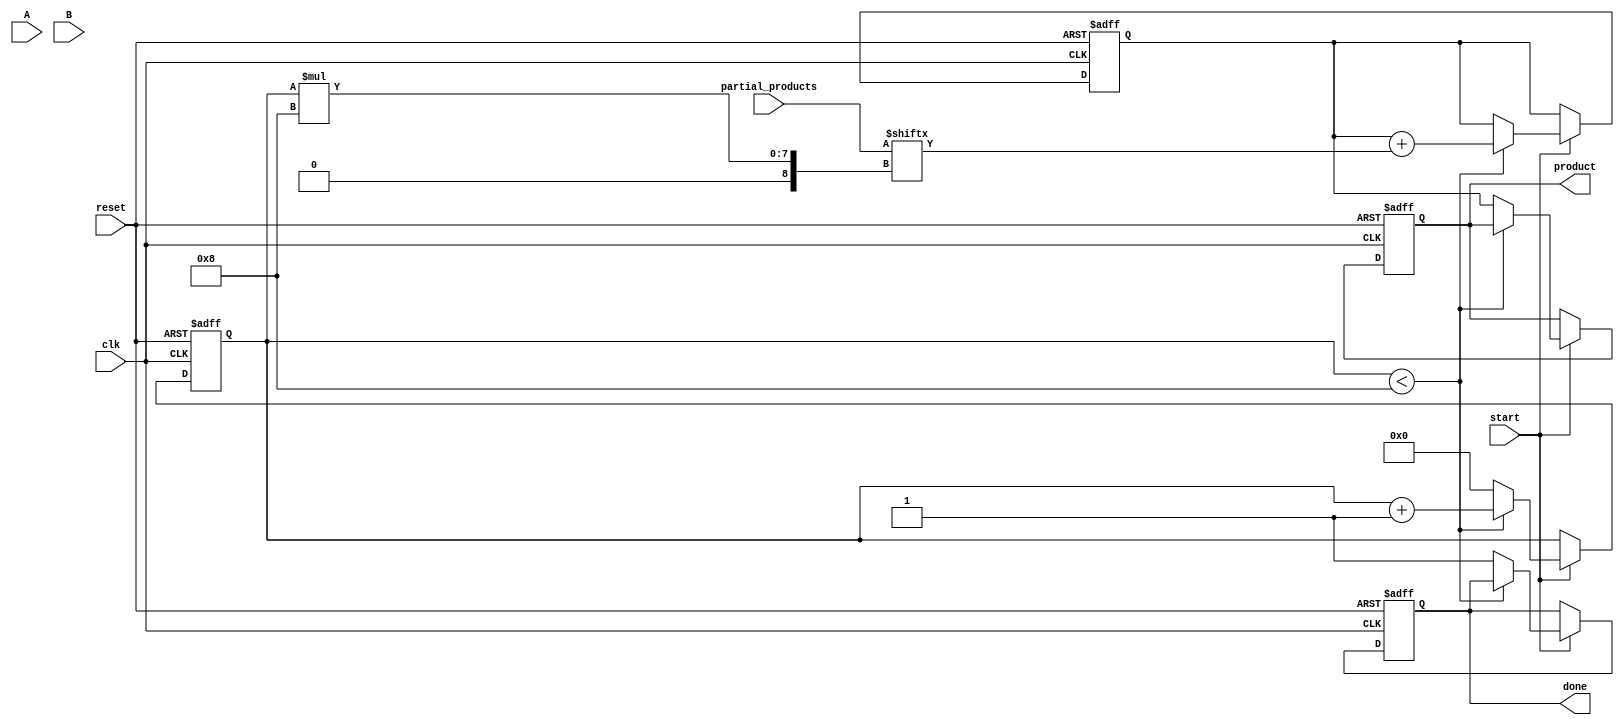
module PartialProductAccumulator #(
    parameter N = 8,  // Number of bits for multiplicand A
    parameter M = 8   // Number of bits for multiplier B
)(
    input  wire [N-1:0] A,                   // Multiplicand
    input  wire [M-1:0] B,                   // Multiplier
    input  wire [N+M-1:0] partial_products,   // Partial products input
    input  wire start,                        // Start signal
    input  wire reset,                        // Reset signal
    input  wire clk,                          // Clock signal
    output reg [N+M-1:0] product,            // Final product output
    output reg done                           // Done signal
);

    reg [N+M-1:0] accumulator;                // Accumulator for partial products
    reg [3:0] count;                          // Count for the number of partial products processed

    // Asynchronous reset
    always @(posedge clk or posedge reset) begin
        if (reset) begin
            product <= 0;
            accumulator <= 0;
            count <= 0;
            done <= 0;
        end else if (start) begin
            // Start accumulating partial products
            if (count < M) begin
                // Add the current partial product to the accumulator
                accumulator <= accumulator + partial_products[(count+1)*N-1:count*N];
                count <= count + 1;
            end else begin
                // All partial products processed
                product <= accumulator;
                done <= 1;
                count <= 0; // Reset count for next operation
            end
        end
    end

endmodule